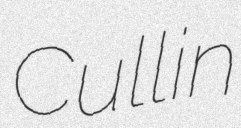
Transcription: Cullin